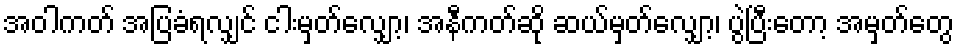
အဝါကတ် အပြခံရလျှင် ငါးမှတ်လျှော့၊ အနီကတ်ဆို ဆယ်မှတ်လျှော့၊ ပွဲပြီးတော့ အမှတ်တွေ